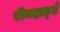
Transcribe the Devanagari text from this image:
रीनहार्ड्ट